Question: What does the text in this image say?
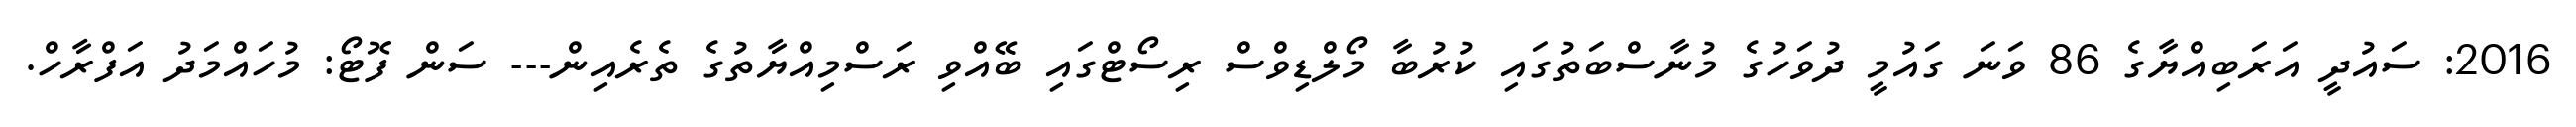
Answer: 2016: ސައުދީ އަރަބިއްޔާގެ 86 ވަނަ ގައުމީ ދުވަހުގެ މުނާސްބަތުގައި ކުރުބާ މޯލްޑިވްސް ރިސޯޓްގައި ބޭއްވި ރަސްމިއްޔާތުގެ ތެރެއިން--- ސަން ފޮޓޯ: މުހައްމަދު އަފްރާހް.